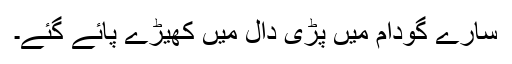
سارے گودام میں پڑی دال میں کھیڑے پائے گئے۔